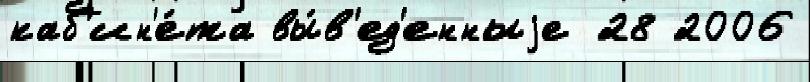
каб'ин'е́та вы́в'ед'енныjе 28 2006